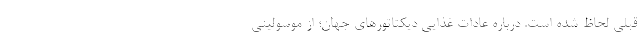
قبلی لحاظ شده است. درباره عادات غذایی دیکتاتورهای جهان؛ از موسولینی